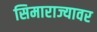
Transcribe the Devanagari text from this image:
सिमाराज्यावर